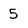
Character: 5